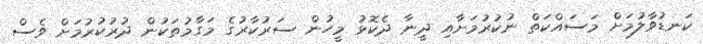
ކަނޑުވާލުމަށް މަސައްކަތް ނުކުރުމަށާއި ދީނާ ދެކޮޅު މީހުން ސަރުކާރުގެ މަގާމުތަކުން ދުރުކުރުމަށް ވެސް